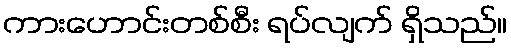
ကားဟောင်းတစ်စီး ရပ်လျက် ရှိသည်။